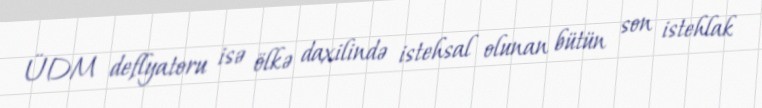
ÜDM deflyatoru isə ölkə daxilində istehsal olunan bütün son istehlak